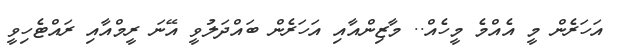
އަހަރެން މީ އެއްމެ މީހެއް.. މާޒިންއާއި އަހަރެން ބައްދަލުވީ އޭނަ ރީމްއާއި ރައްޓެހިވީ